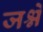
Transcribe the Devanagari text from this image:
जश्ने